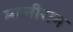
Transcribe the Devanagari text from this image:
मालीराम